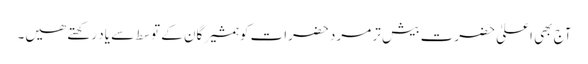
آج بھی اعلیٰ حضرت بیش تر مرد حضرات کو ہمشیرگان کے توسط سے یاد رکھتے ھیں۔